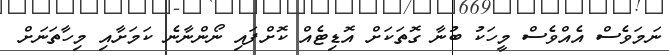
ނަމަވެސް އެއްވެސް މީހަކު ބުނާ ގޮތަކަށް އޮޑިޓެއް ކޮށްފައި ނޯންނާނެ ކަމަށާއި މިހާތަނަށް